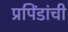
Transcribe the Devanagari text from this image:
प्रपिंडांची